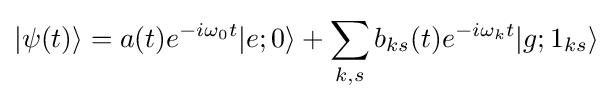
|\psi (t)\rangle =a(t)e^{-i\omega _{0}t}|e;0\rangle +\sum _{k,s}b_{ks}(t)e^{-i\omega _{k}t}|g;1_{ks}\rangle